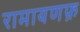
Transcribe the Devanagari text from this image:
रामायणफ़